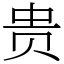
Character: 贵